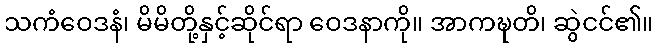
သကံဝေဒနံ၊ မိမိတို့နှင့်ဆိုင်ရာ ဝေဒနာကို။ အာကဍ္ဎတိ၊ ဆွဲငင်၏။